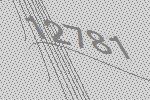
12781